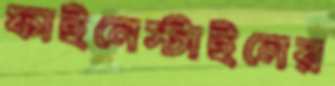
ফাইনেস্টাইনের